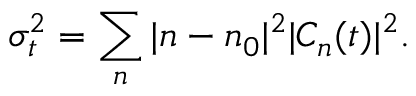
\sigma _ { t } ^ { 2 } = \sum _ { n } | n - n _ { 0 } | ^ { 2 } | C _ { n } ( t ) | ^ { 2 } .